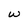
Character: w